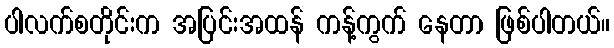
ပါလက်စတိုင်းက အပြင်းအထန် ကန့်ကွက် နေတာ ဖြစ်ပါတယ်။